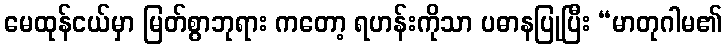
မေထုန်ငယ်မှာ မြတ်စွာဘုရား ကတော့ ရဟန်းကိုသာ ပဓာနပြုပြီး “မာတုဂါမ၏